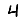
Digit: 4